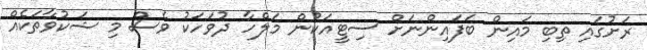
ރަށުގައި ތިބި މައިން ބަފައިންނަށް ސިޓީއަކުން މަލްހާ ދުވަހަކު ވެސް މި ޝަކުވާތަކެއް